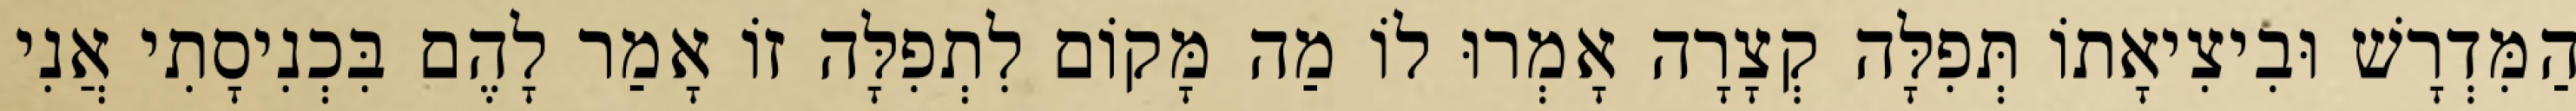
הַמִּדְרָשׁ וּבִיצִיאָתוֹ תְּפִלָּה קְצָרָה אָמְרוּ לוֹ מַה מָּקוֹם לִתְפִלָּה זוֹ אָמַר לָהֶם בִּכְנִיסָתִי אֲנִי